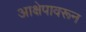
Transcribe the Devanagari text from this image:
आक्षेपावरून